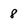
Character: 8